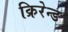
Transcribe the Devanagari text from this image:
क्रिरेन्ड